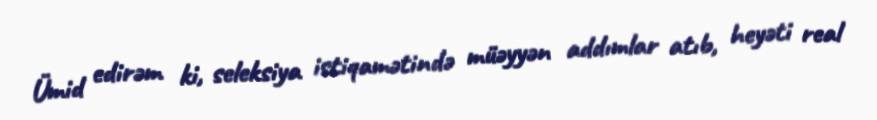
Ümid edirəm ki, seleksiya istiqamətində müəyyən addımlar atıb, heyəti real